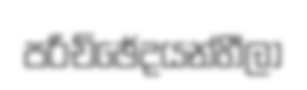
පරිච්ඡේදයන්හීලා